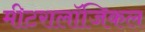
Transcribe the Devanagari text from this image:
मीटरालॉजिकल